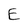
Character: E